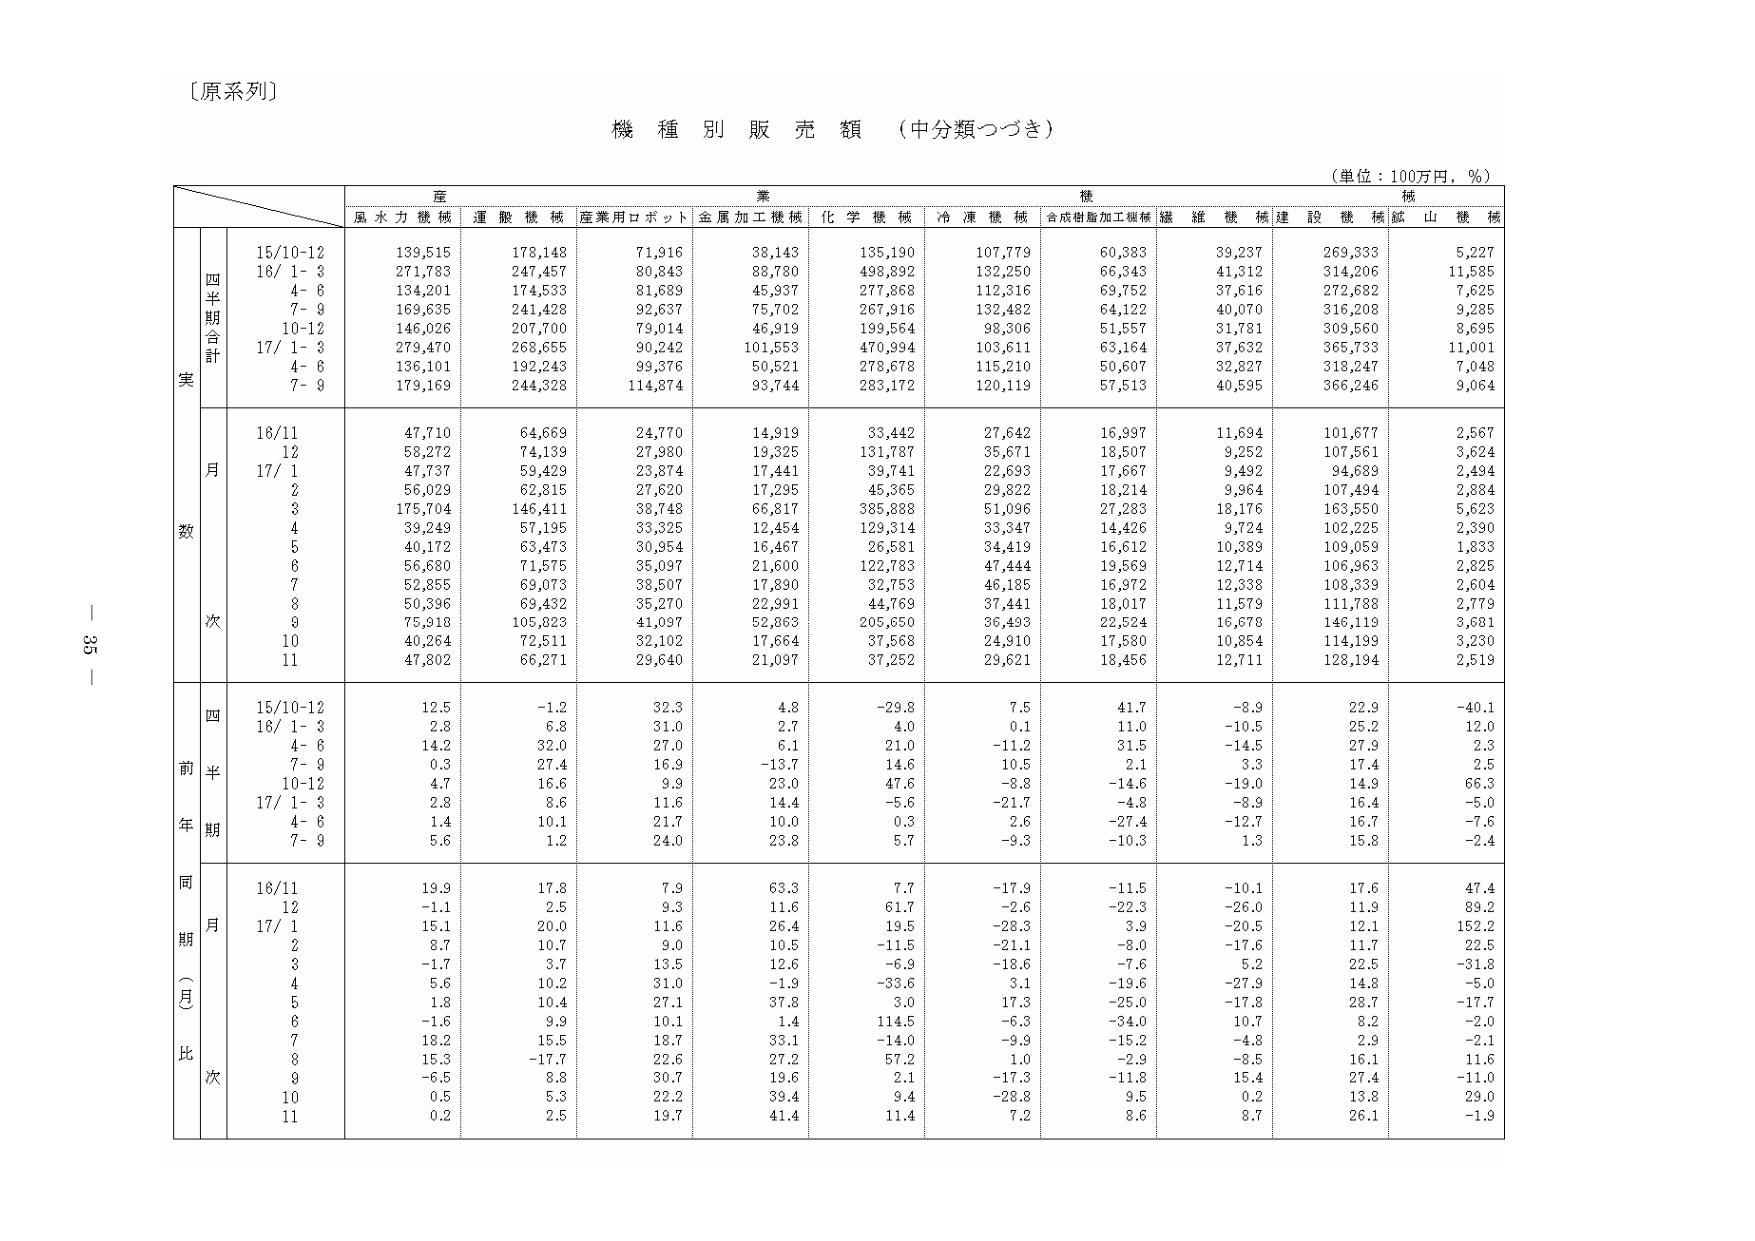
〔原系列〕

機種別販売額（中分類つづき）

（単位：100万円，％）